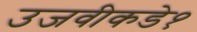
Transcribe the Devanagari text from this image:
उजवीकडे१